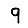
Digit: 9